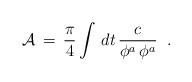
LaTeX: \begin{align*}{\cal A}\, = \,\frac{\pi}{4}\int\,dt \, {c \over \phi^a\,\phi^a}\;\;.\end{align*}